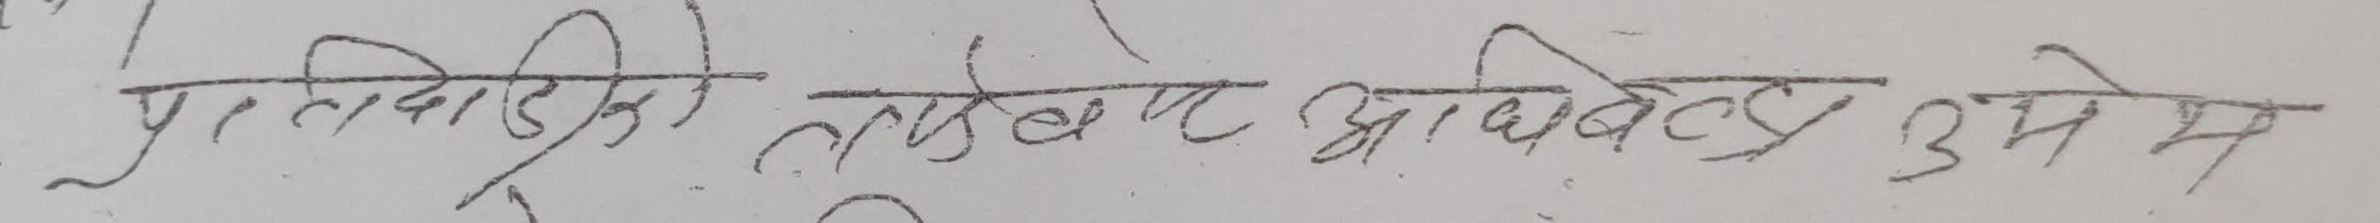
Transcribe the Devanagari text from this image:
प्रत्यावादीको तर्फबाट अधिवक्ता उमेश